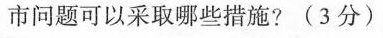
市问题可以采取哪些措施?(3分)